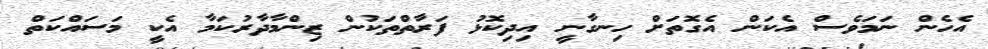
އެހެން ނަމަވެސް އެކަން އެގޮތަށް ހިނގާނީ އިދިކޮޅު ފަރާތްތަކުން ޒިންމާދާރުކަމާ އެކީ މަސައްކަތް